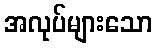
အလုပ်များသော